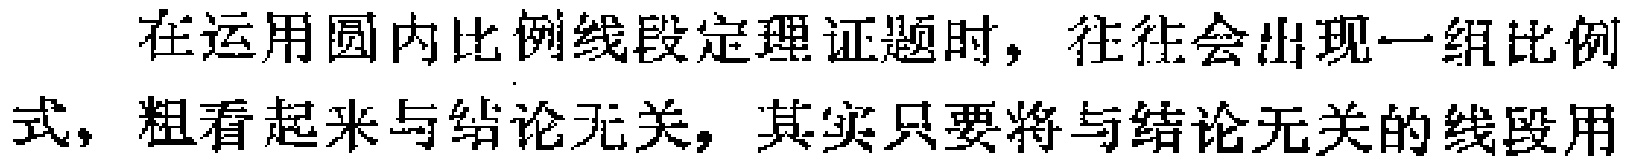
在运用圆内比例线段定理证题时，往往会出现一组比例式，粗看起来与结论无关，其实只要将与结论无关的线段用